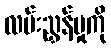
လမ်းညွှန်မှုကို